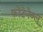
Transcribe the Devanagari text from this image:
फोंटेनेब्लू